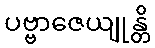
ပဗ္ဗာဇေယျုန္တိ